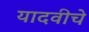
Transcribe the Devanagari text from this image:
यादवीचे